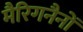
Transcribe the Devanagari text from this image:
मैरिगनैनों